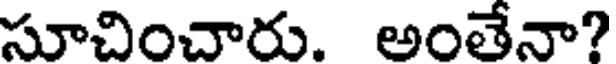
సూచించారు. అంతేనా?